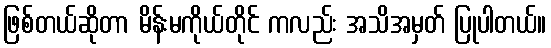
ဖြစ်တယ်ဆိုတာ မိန်းမကိုယ်တိုင် ကလည်း အသိအမှတ် ပြုပါတယ်။